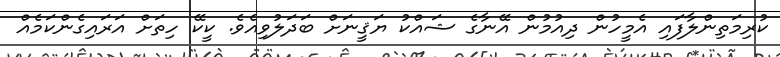
ކުރިމަތިންލާފައި އެމީހުން ދިއުމުން އޭނާގެ ޝައްކު ޔަޤީނަށް ބަދަލުވިއެވެ. ކީކޭ ހިތަށް އަރައިގެންކަމެއް